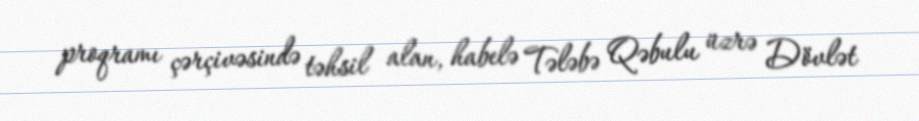
proqramı çərçivəsində təhsil alan, habelə Tələbə Qəbulu üzrə Dövlət